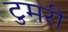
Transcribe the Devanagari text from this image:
टुमरी